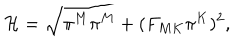
LaTeX: { \cal H } = \sqrt { \pi ^ { M } \pi ^ { M } + ( F _ { M K } \pi ^ { K } ) ^ { 2 } } ,